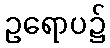
ဥရောပ၌